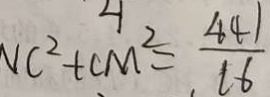
V C ^ { 2 } + C M ^ { 2 } = \frac { 4 4 1 } { l 6 }